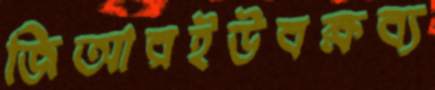
জিআরইউবক্ষব্য